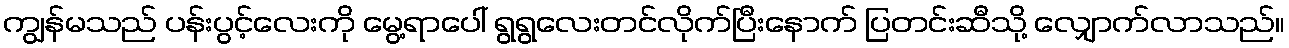
ကျွန်မသည် ပန်းပွင့်လေးကို မွေ့ရာပေါ် ရွရွလေးတင်လိုက်ပြီးနောက် ပြတင်းဆီသို့ လျှောက်လာသည်။